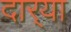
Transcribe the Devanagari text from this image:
दार्‍या